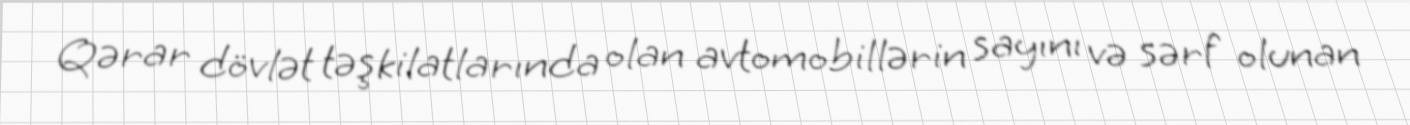
Qərar dövlət təşkilatlarında olan avtomobillərin sayını və sərf olunan